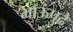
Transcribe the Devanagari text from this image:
भाऊंपुढे